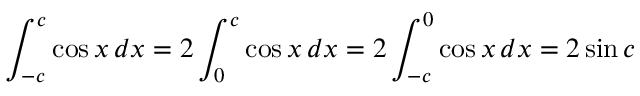
\int _ { - c } ^ { c } \cos { x } \, d x = 2 \int _ { 0 } ^ { c } \cos { x } \, d x = 2 \int _ { - c } ^ { 0 } \cos { x } \, d x = 2 \sin { c }